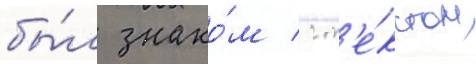
бы́л знако́м с т'е́кстом